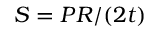
S = P R / ( 2 t )